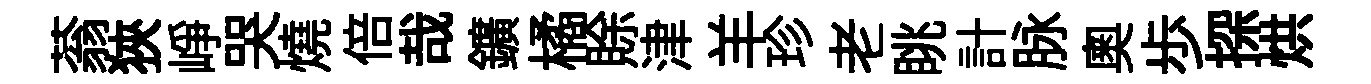
蓊狹峥哭燒倍哉鑛橘賖津羊珍老眺計脉奥歩探烘